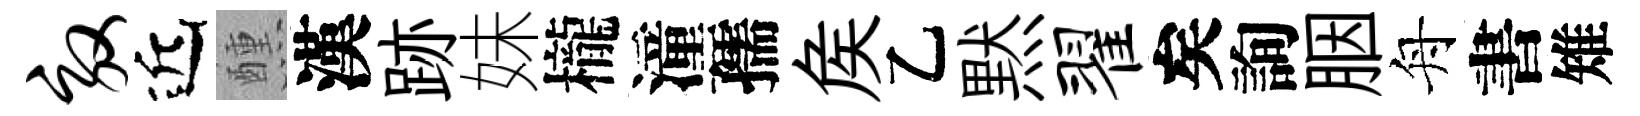
效近醺漢跡妹櫳潼孺矦乙黙翟矣詢胭舟書雉